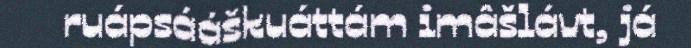
ruápsááškuáttám imâšlávt, já